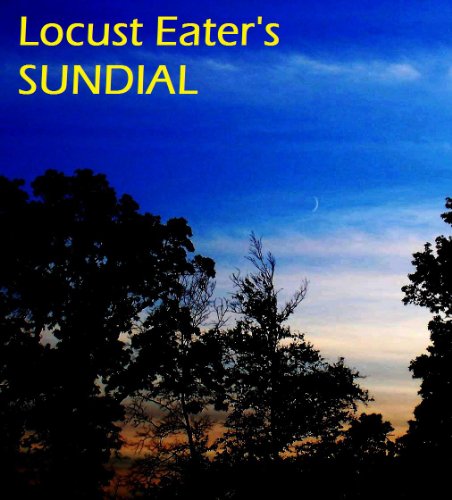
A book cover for Locust Eater's Sundial; Benjamin Comings; Christian Books & Bibles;